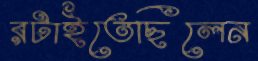
রটাইতেছিলেন